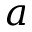
a